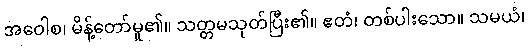
အဝေါစ၊ မိန့်တော်မူ၏။ သတ္တမသုတ်ပြီး၏။ ဧတံ၊ တစ်ပါးသော။ သမယံ၊